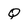
Character: Q